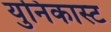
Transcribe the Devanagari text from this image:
युनिकास्ट